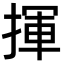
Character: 揮